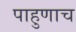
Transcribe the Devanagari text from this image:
पाहुणाच